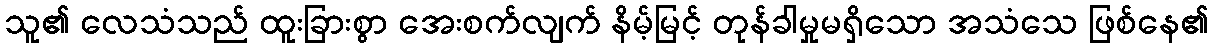
သူ၏ လေသံသည် ထူးခြားစွာ အေးစက်လျက် နိမ့်မြင့် တုန်ခါမှုမရှိသော အသံသေ ဖြစ်နေ၏